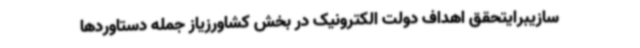
سازیبرایتحقق اهداف دولت الکترونیک در بخش کشاورزیاز جمله دستاوردها